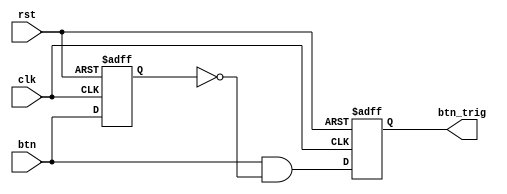
`timescale 1ns / 1ps
//////////////////////////////////////////////////////////////////////////////////
// Company: 
// Engineer: 
// 
// Design Name: 
// Module Name: oneshot_universal
// Project Name: 
// Target Devices: 
// Tool Versions: 
// Description: 
// 
// Dependencies: 
// 
// Revision:
// Revision 0.01 - File Created
// Additional Comments:
// 
//////////////////////////////////////////////////////////////////////////////////


module oneshot_universal(clk,rst,btn,btn_trig);
parameter WIDTH=1;
input clk,rst;
input [WIDTH-1:0] btn;
reg [WIDTH-1:0] btn_reg;
output reg [WIDTH-1:0] btn_trig;

always @(negedge rst or posedge clk) begin
    if(!rst) begin
        btn_reg<={WIDTH{1'b0}};
        btn_trig<={WIDTH{1'b0}};
    end
    else begin
        btn_reg<=btn;
        btn_trig<=btn&~btn_reg;
    end
end

endmodule